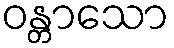
ဝန္တာသော